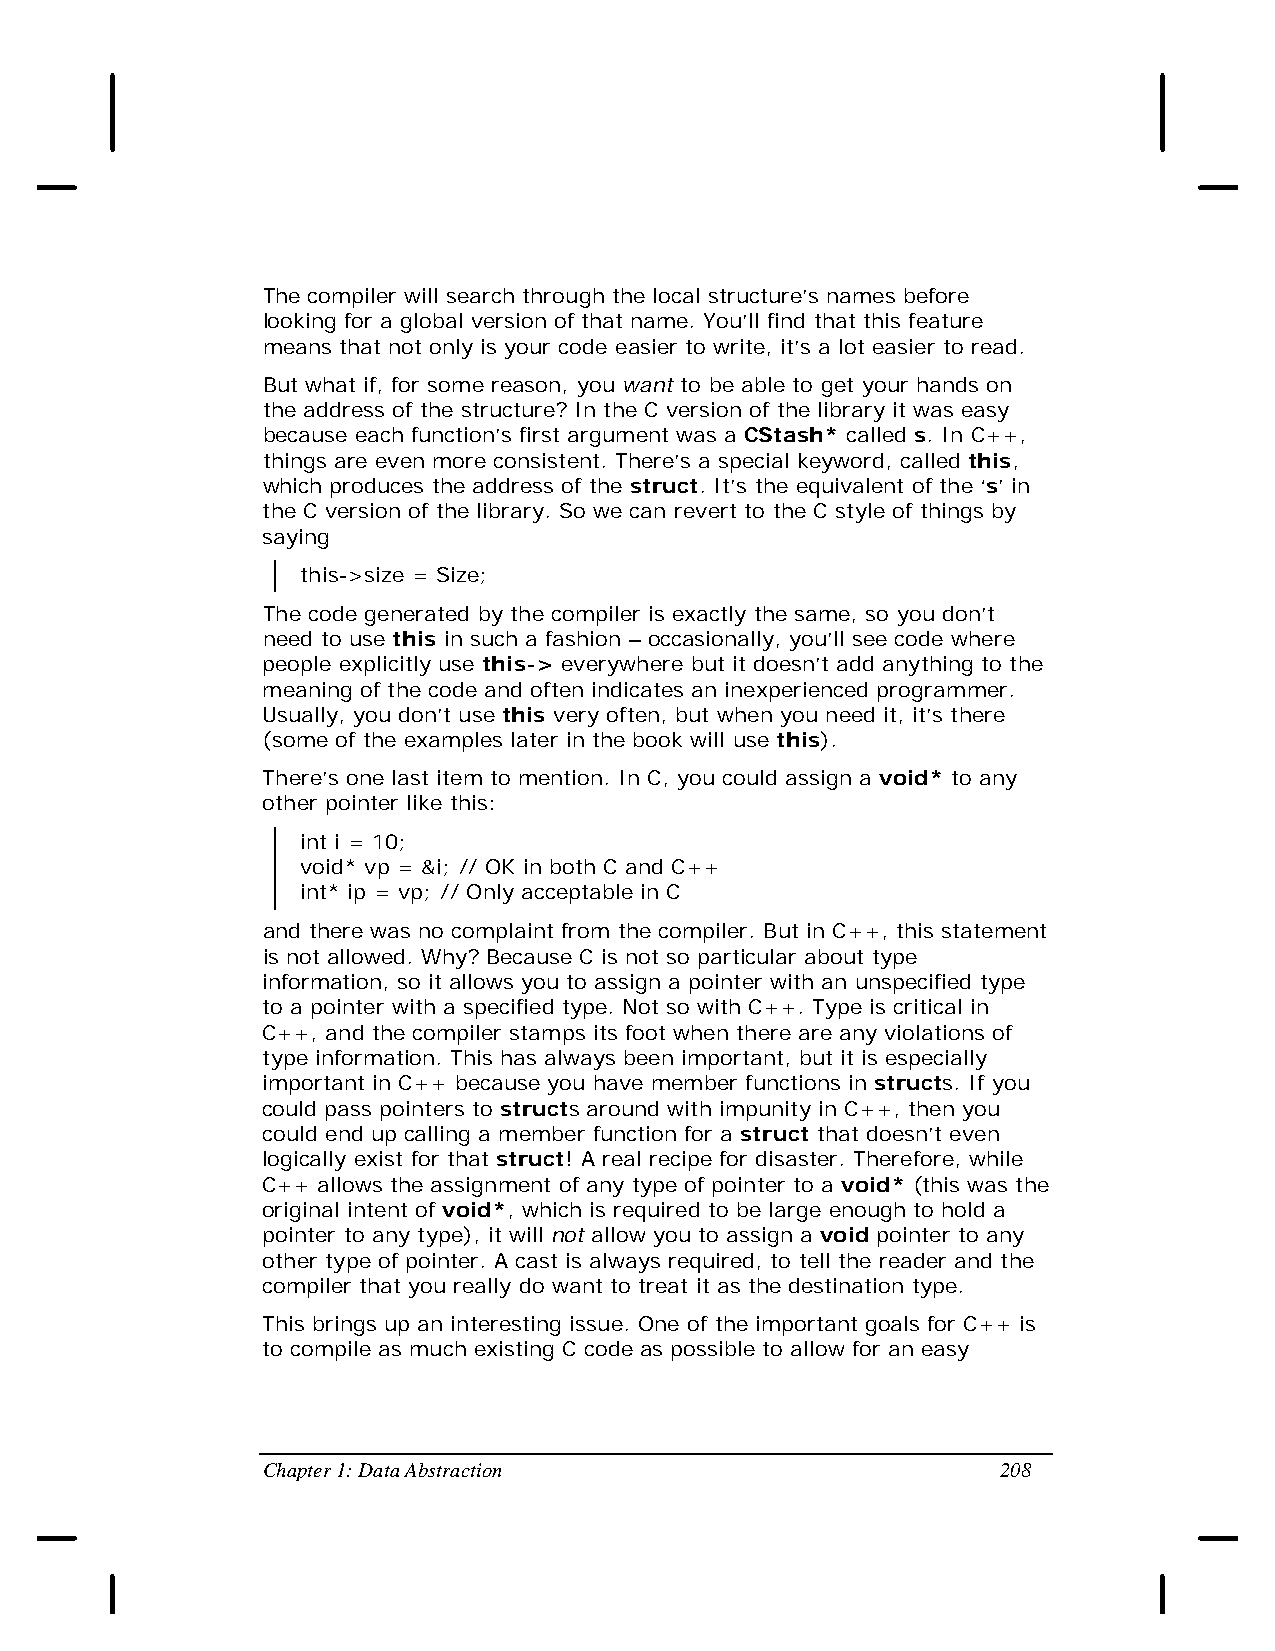
The compiler will search through the local structure’s names before
 looking for a global version of that name. You’ll find that this feature
 means that not only is your code easier to write, it’s a lot easier to read.
 But what if, for some reason, you want to be able to get your hands on
 the address of the structure? In the C version of the library it was easy
 because each function’s first argument was a CStash* called s. In C++,
 things are even more consistent. There’s a special keyword, called this,
 which produces the address of the struct. It’s the equivalent of the ‘s’ in
 the C version of the library. So we can revert to the C style of things by
 saying
 this->size = Size;
 The code generated by the compiler is exactly the same, so you don’t
 need to use this in such a fashion – occasionally, you’ll see code where
 people explicitly use this-> everywhere but it doesn’t add anything to the
 meaning of the code and often indicates an inexperienced programmer.
 Usually, you don’t use this very often, but when you need it, it’s there
 (some of the examples later in the book will use this).
 There’s one last item to mention. In C, you could assign a void* to any
 other pointer like this:
 int i = 10;
 void* vp = &i; // OK in both C and C++
 int* ip = vp; // Only acceptable in C
 and there was no complaint from the compiler. But in C++, this statement
 is not allowed. Why? Because C is not so particular about type
 information, so it allows you to assign a pointer with an unspecified type
 to a pointer with a specified type. Not so with C++. Type is critical in
 C++, and the compiler stamps its foot when there are any violations of
 type information. This has always been important, but it is especially
 important in C++ because you have member functions in structs. If you
 could pass pointers to structs around with impunity in C++, then you
 could end up calling a member function for a struct that doesn’t even
 logically exist for that struct! A real recipe for disaster. Therefore, while
 C++ allows the assignment of any type of pointer to a void* (this was the
 original intent of void*, which is required to be large enough to hold a
 pointer to any type), it will not allow you to assign a void pointer to any
 other type of pointer. A cast is always required, to tell the reader and the
 compiler that you really do want to treat it as the destination type.
 This brings up an interesting issue. One of the important goals for C++ is
 to compile as much existing C code as possible to allow for an easy
 Chapter 1: Data Abstraction                      208